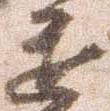
進